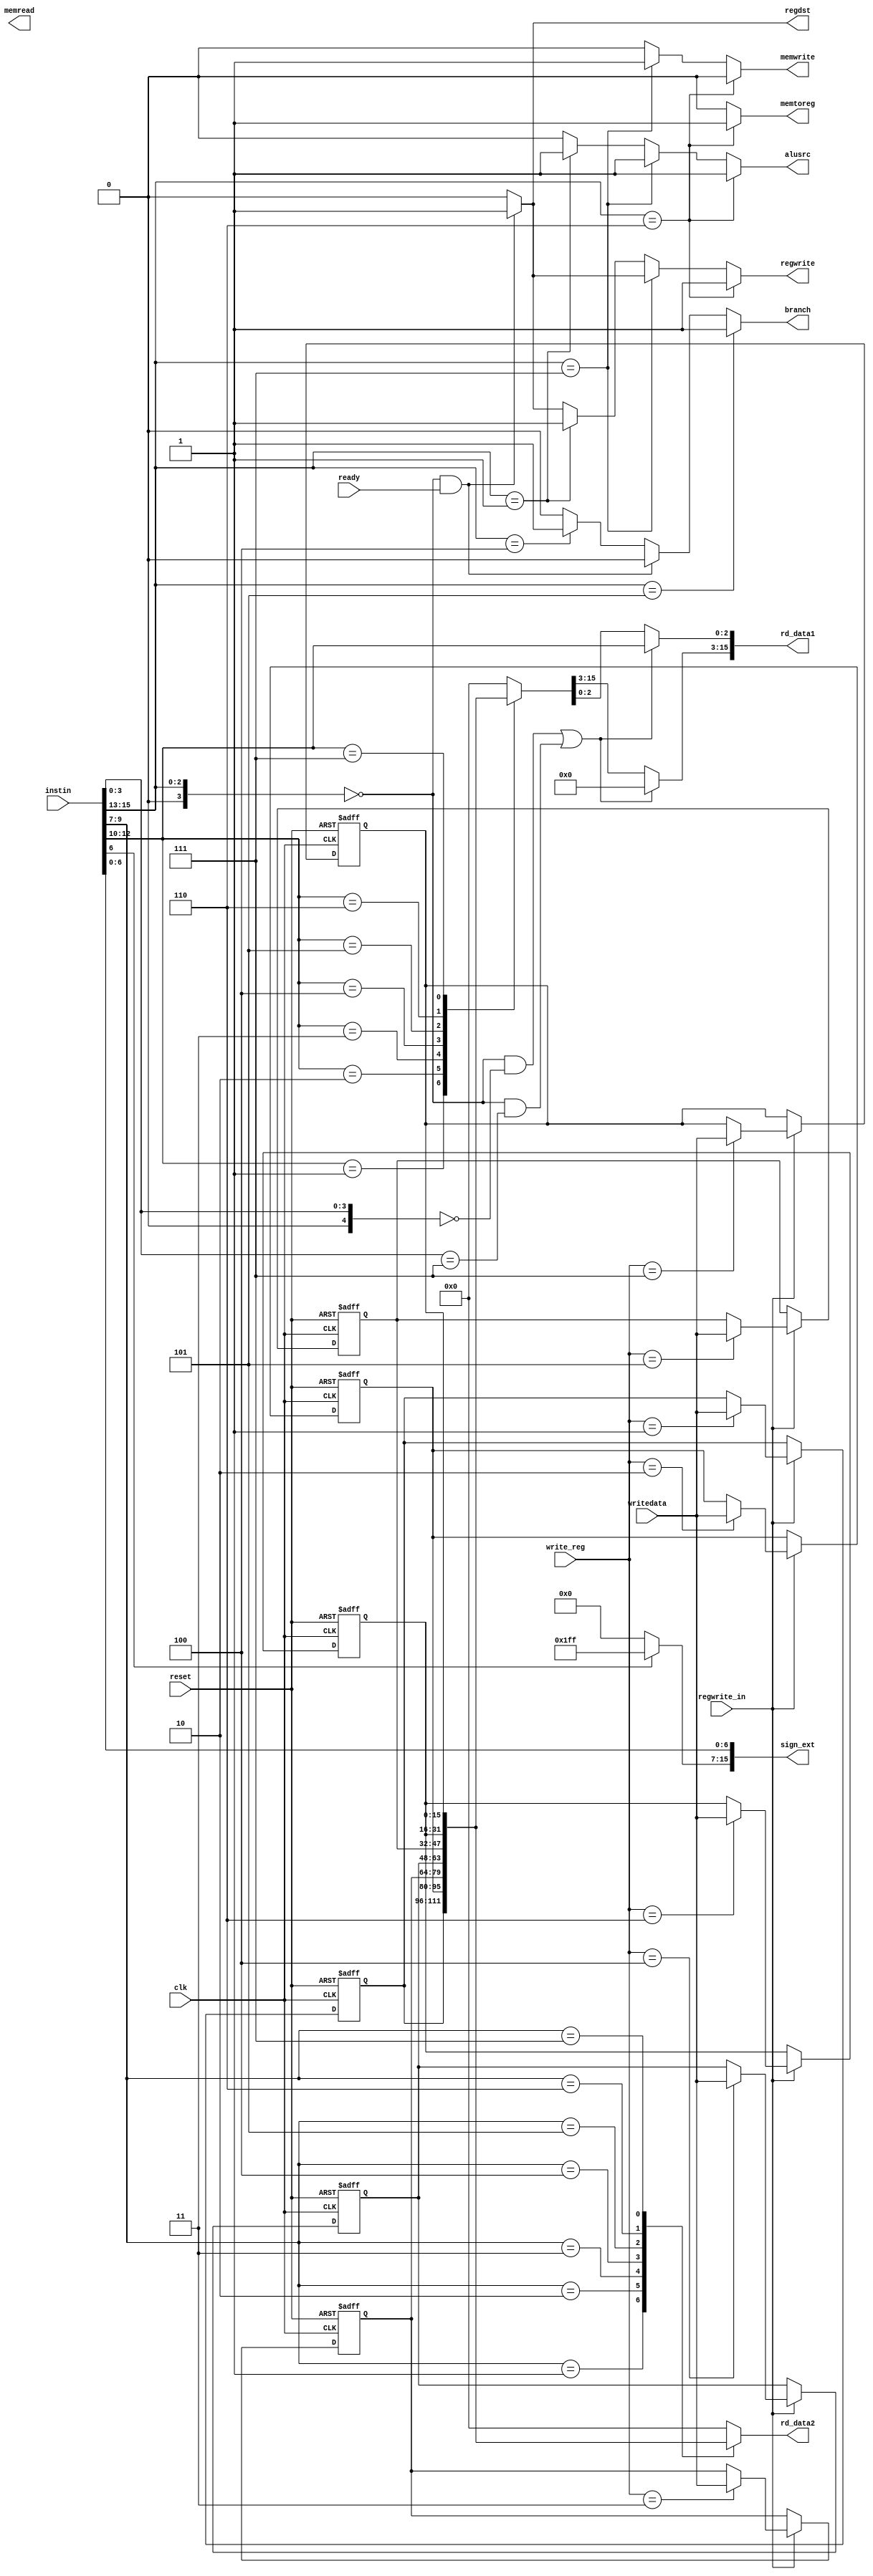
`timescale 1ns / 1ps
//////////////////////////////////////////////////////////////////////////////////
// Company: Mighty MIPsters
// 
// Design Name: MIPS decode module
// Module Name:    ID 
// Project Name: MIPS 16 bit
//////////////////////////////////////////////////////////////////////////////////
module ID(
	clk,
	reset,
	sign_ext,
	rd_data1,
	rd_data2,
	instin,
	writedata,
	regwrite_in,
	regwrite,
	alusrc,
	regdst,
	branch,
	memwrite,
	memread,
	memtoreg, 
	ready,
	write_reg);

//needed to run the system and reset
input clk, reset, regwrite_in, ready;
//in from the branch adder
////the instruction from the IF stage
input [15:0] instin;
//data to write to reg
input [15:0] writedata;
input [2:0] write_reg;
//sign extend and branch adder out for branch
output [15:0] sign_ext;
//data to the ALU
output [15:0] rd_data1, rd_data2;
//these will be the control outputs for datapath pg 301 book
output regdst, regwrite, alusrc, branch, memwrite, memtoreg, memread;

//internal wires
wire [3:0] op, rs, rt, write_address, rd;
wire [4:0] func;
wire [6:0] immediate;
reg [15:0] regdata;
reg [15:0] sign_ext, rd_data1, rd_data2;
reg regdst, regwrite, alusrc, branch, memwrite, memtoreg;
//reg [3:0] rd;

//register files
reg [15:0] a, b, c, d, e, f, g, zero;

//passthough
//assign branch_adder_out = branch_adder_in;
//assign instout = instin;

//register addresses

`define ZERO 3'b000
`define A_ADDRESS 3'b001
`define B_ADDRESS 3'b010
`define C_ADDRESS 3'b011
`define D_ADDRESS 3'b100
`define E_ADDRESS 3'b101
`define F_ADDRESS 3'b110
`define G_ADDRESS 3'b111

//breakdown of inst
//r type
// | OP	| rs	| rt	| rd	| func |
//	| 000 | 000 | 000 | 000 | 0000 |
//i type
// | OP	| rs	| rt	| immediate  |
//	| 000 | 000 | 000 |  0000000 	 |
assign op = instin[15:13];
assign rs = instin[12:10];
assign rt = instin[9:7];
assign rd = write_reg;
assign func = instin[3:0];
assign immediate = instin[6:0];
//Control op codes and functions for instructions
// 		  op	 func
//sll		| 000	| 000	|
//add 	| 000	| 001	|
//sub		| 000	| 010	|
//and		| 000	| 011	|
//or		| 000	| 100	|
//xor		| 000	| 101	|
//slt		| 000	| 110	|
//srl		| 000	| 111	|
//addi	| 001	| --- |
//ori		| 010	| --- |
//slti	| 011	| --- |
//beq		| 100	| --- |
//bne		| 101	| --- |
//lw		| 110	| --- |
//sw		| 111	| --- |

//ALU 	  OP 
//lw		| 00 |
//sw		| 00 |
//beq		| 01 |
//r-type | 10 |

//sign extend block "I done this first because it is the easy :O"
always @* begin
	sign_ext[15:7] = 9'b000000000;
	sign_ext[6:0] = immediate;
	if(immediate[6] == 1) 
		sign_ext[15:7] = 9'b111111111;
end

//mux to send rs if shift is enabled
always @* begin
	rd_data1 = regdata;
	if((op == 3'b000 && func == 3'b000) || (op == 3'b000 && func == 3'b111)) begin
		rd_data1[15:3] = 13'b0000000000000;
		rd_data1[2:0] = rs;
	end
end

//mux for write data
//always @* begin
//	//might need to change this
//	rd = instin[6:4]; 
//	case(op)
//		3'b000:
//			rd = instin[6:4];
//		3'b001:
//			rd = rt;
//		3'b110:
//			rd = rt;
//	endcase;
//end

//enable reading from reg 
always @* begin
	regdata = 16'h0000;
	rd_data2 = 16'h0000;
	//rs address
	case(rs)
		`ZERO:
			regdata = 16'h0000;
		`A_ADDRESS:
			regdata = a;
		`B_ADDRESS:
			regdata = b;		
		`C_ADDRESS:
			regdata = c;
		`D_ADDRESS:
			regdata = d;
		`E_ADDRESS:
			regdata = e;
		`F_ADDRESS:
			regdata = f;
		`G_ADDRESS:
			regdata = g;
	endcase
	//rt address
	case(rt)
		`ZERO:
			rd_data2 = 16'h0000;
		`A_ADDRESS:
			rd_data2 = a;
		`B_ADDRESS:
			rd_data2 = b;		
		`C_ADDRESS:
			rd_data2 = c;
		`D_ADDRESS:
			rd_data2 = d;
		`E_ADDRESS:
			rd_data2 = e;
		`F_ADDRESS:
			rd_data2 = f;
		`G_ADDRESS:
			rd_data2 = g;
	endcase
end

//holding info in the registers and writing to them
always @(negedge clk or posedge reset) begin
	if(reset) begin
		a <= 16'h000;
		a <= 16'h000;
		b <= 16'h000;
		c <= 16'h000;
		d <= 16'h000;
		e <= 16'h000;
		f <= 16'h000;
		g <= 16'h000;
	end
	else begin
		if(regwrite_in == 1) begin
			//rd address writing
			case(rd) 
				`A_ADDRESS: begin
					a <= writedata;
					b <= b;
					c <= c;
					d <= d;
					e <= e;
					f <= f;
					g <= g;
				end
				`B_ADDRESS: begin
					b <= writedata;
					a <= a;
					c <= c;
					d <= d;
					e <= e;
					f <= f;
					g <= g;
				end
				`C_ADDRESS: begin
					c <= writedata;
					b <= b;
					a <= a;
					d <= d;
					e <= e;
					f <= f;
					g <= g;
				end
				`D_ADDRESS: begin
					d <= writedata;
					b <= b;
					c <= c;
					a <= a;
					e <= e;
					f <= f;
					g <= g;
				end
				`E_ADDRESS: begin
					e <= writedata;
					b <= b;
					c <= c;
					d <= d;
					a <= a;
					f <= f;
					g <= g;
				end
				`F_ADDRESS: begin
					f <= writedata;
					b <= b;
					c <= c;
					d <= d;
					e <= e;
					a <= a;
					g <= g;
				end
				`G_ADDRESS: begin
					g <= writedata;
					b <= b;
					c <= c;
					d <= d;
					e <= e;
					f <= f;
					a <= a;
				end
							endcase
		end
		else begin
		//keep info in the registers
			zero <= 16'h000;
			a <= a;
			b <= b;
			c <= c;
			d <= d;
			e <= e;
			f <= f;
			g <= g;
		end
	end
end

//this will set the control signals.
always @* begin
	regwrite = 0;
	alusrc = 0;
	regdst = 0; 
	branch = 0;
	memwrite = 0;
	memtoreg = 0;
	//R-Type
	if(op == 3'b000 && ready) begin
		//register for rd
		regdst = 1;
		regwrite = 1;
	end
	//beq
	else if(op == 3'b100) begin
		branch = 1;
	end
	//bne
	if(op == 3'b101) begin
		branch = 1;
	end
	//lw
	if(op == 3'b110) begin
		alusrc = 1;
		regwrite = 1;
		memtoreg = 1;
	end
	//sw
	else if(op == 3'b111) begin
		alusrc = 1;
		memwrite = 1;
	end
	//immediate inst
	else if(op == 001 || op == 010 || op == 011) begin
		alusrc = 1;
		regwrite = 1;
	end
	
end

endmodule